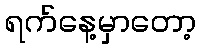
ရက်နေ့မှာတော့